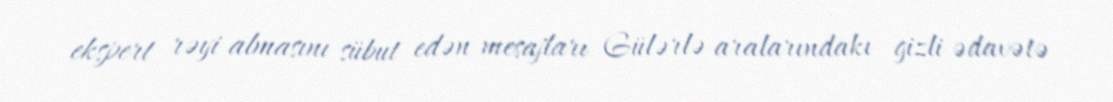
ekspert rəyi almasını sübut edən mesajları Gülərlə aralarındakı gizli ədavətə